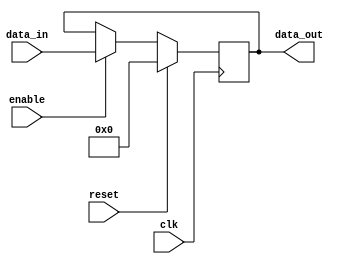
module sequential_logic_block (
    input wire clk,
    input wire reset,
    input wire enable,
    input wire [7:0] data_in,
    output reg [7:0] data_out
);

always @(posedge clk) begin
    if (reset) begin
        data_out <= 8'b0;
    end else if (enable) begin
        data_out <= data_in;
    end
end

endmodule